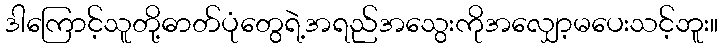
ဒါကြောင့်သူတို့ဓာတ်ပုံတွေရဲ့အရည်အသွေးကိုအလျှော့မပေးသင့်ဘူး။